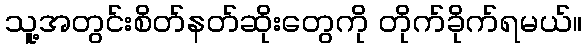
သူ့အတွင်းစိတ်နတ်ဆိုးတွေကို တိုက်ခိုက်ရမယ်။